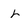
Character: L